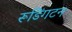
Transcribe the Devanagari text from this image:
रूडिंगटन